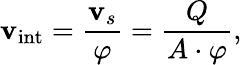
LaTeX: \mathbf{v}_{\mathrm{{int}}}=\frac{{\mathbf{v}_{s}}}{{\varphi}}=\frac{{Q}}{{A\cdot\varphi}},